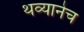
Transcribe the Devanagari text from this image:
थव्यानेच